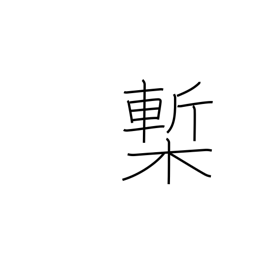
Meaning: printed book